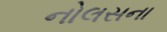
નોલસના